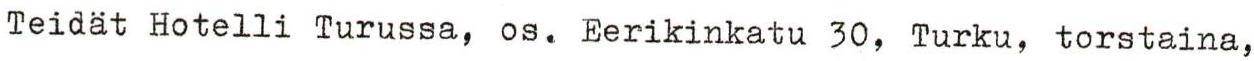
Teidät Hotelli Turussa, os. Eerikinkatu 30, Turku, torstaina,